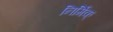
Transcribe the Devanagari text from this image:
निर्मिक्